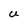
Character: U